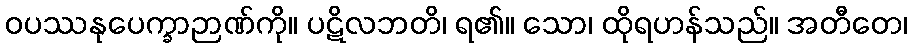
ဝပဿနုပေက္ခာဉာဏ်ကို။ ပဋိလဘတိ၊ ရ၏။ သော၊ ထိုရဟန်သည်။ အတီတေ၊